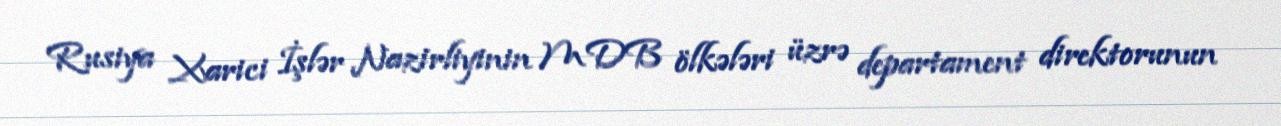
Rusiya Xarici İşlər Nazirliyinin MDB ölkələri üzrə departament direktorunun